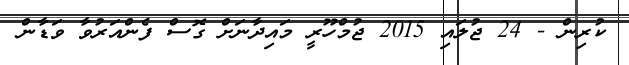
ކުރިން - 24 ޖުލައި 2015 ޖުމްހޫރީ މައިދާނަށް ގޮސް ފެންއަރުވާ ވަޑާން